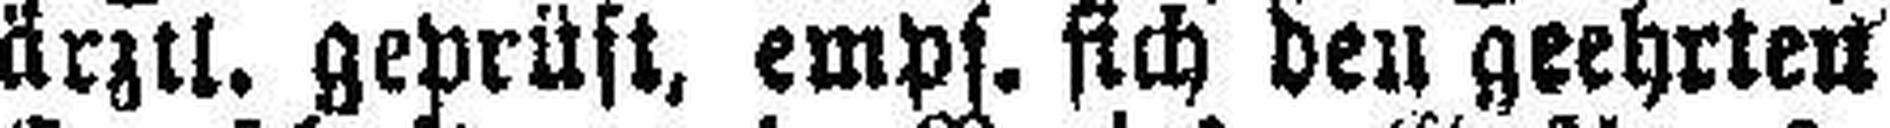
ärztl. geprüft, empf. sich den geehrten